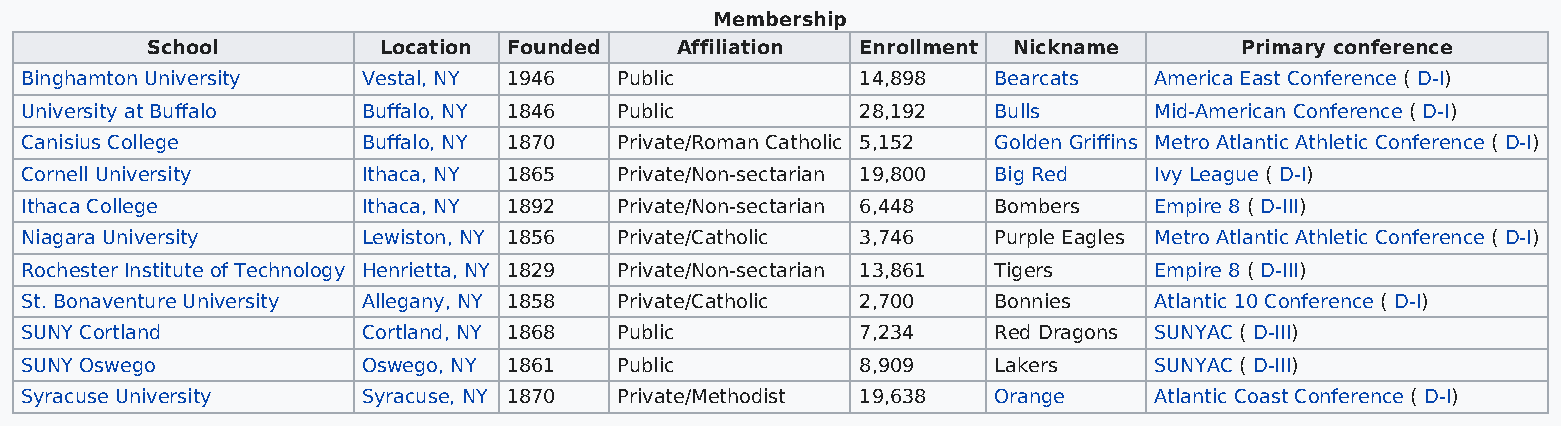
Membership
 School         Location Founded    Affiliation Enrollment Nickname      Primary conference
 Binghamton University  Vestal, NY 1946  Public          14,898   Bearcats  America East Conference ( D-I)
 University at Buffalo  Buffalo, NY 1846 Public          28,192   Bulls     Mid-American Conference ( D-I)
 Canisius College       Buffalo, NY 1870 Private/Roman Catholic 5,152 Golden Griffins Metro Atlantic Athletic Conference ( D-I)
 Cornell University     Ithaca, NY 1865  Private/Non-sectarian 19,800 Big Red Ivy League ( D-I)
 Ithaca College         Ithaca, NY 1892  Private/Non-sectarian 6,448 Bombers Empire 8 ( D-III)
 Niagara University     Lewiston, NY 1856 Private/Catholic 3,746  Purple Eagles Metro Atlantic Athletic Conference ( D-I)
 Rochester Institute of Technology Henrietta, NY 1829 Private/Non-sectarian 13,861 Tigers Empire 8 ( D-III)
 St. Bonaventure University Allegany, NY 1858 Private/Catholic 2,700 Bonnies Atlantic 10 Conference ( D-I)
 SUNY Cortland          Cortland, NY 1868 Public         7,234    Red Dragons SUNYAC ( D-III)
 SUNY Oswego            Oswego, NY 1861  Public          8,909    Lakers    SUNYAC ( D-III)
 Syracuse University    Syracuse, NY 1870 Private/Methodist 19,638 Orange   Atlantic Coast Conference ( D-I)